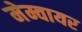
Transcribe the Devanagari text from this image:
मेम्वायर